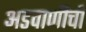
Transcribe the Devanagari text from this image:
अडवाणींची